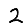
Digit: 2